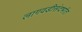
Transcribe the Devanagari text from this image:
लागवडीसंदर्भात